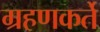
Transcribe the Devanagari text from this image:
ग्रहणकर्ते